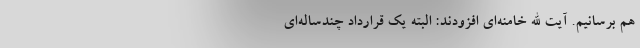
هم برسانیم. آیت الله خامنه‌ای افزودند: البته یک قرارداد چندساله‌ای